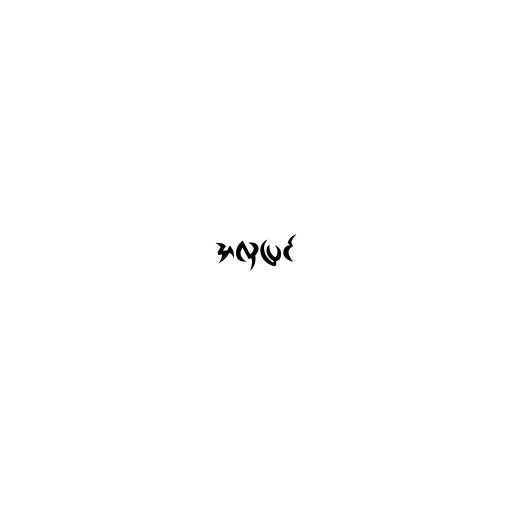
အလှပြင်